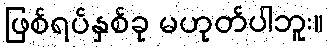
ဖြစ်ရပ်နှစ်ခု မဟုတ်ပါဘူး။